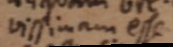
vissimam esse